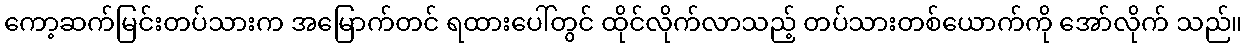
ကော့ဆက်မြင်းတပ်သားက အမြောက်တင် ရထားပေါ်တွင် ထိုင်လိုက်လာသည့် တပ်သားတစ်ယောက်ကို အော်လိုက် သည်။